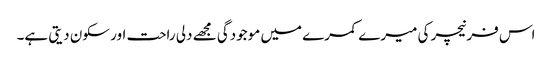
اس فرنیچر کی میرے کمرے میں موجودگی مجھے دلی راحت اور سکون دیتی ہے۔